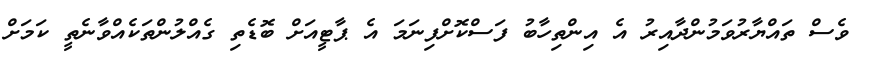
ވެސް ތައްޔާރުވަމުންދާއިރު އެ އިންތިހާބު ފަސްކޮށްފިނަމަ އެ ޕާޓީއަށް ބޮޑެތި ގެއްލުންތަކެއްވާނެތީ ކަމަށް